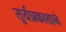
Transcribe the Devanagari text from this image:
सुर्यप्रकाशाने